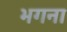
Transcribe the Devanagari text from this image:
भगना